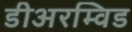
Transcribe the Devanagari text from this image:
डीअरम्विड